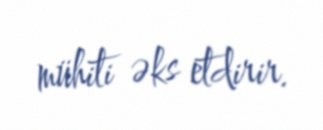
mühiti əks etdirir.